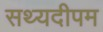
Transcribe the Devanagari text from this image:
सथ्यदीपम